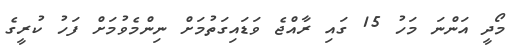
މޯދީ އަންނަ މަހު 15 ގައި ރާއްޖެ ވަޑައިގަތުމަށް ނިންމެވުމަށް ފަހު ކުރީގެ